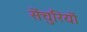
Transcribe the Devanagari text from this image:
सेंचुरियों